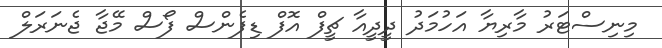
މިނިސްޓަރު މާރިޔާ އަހުމަދު ދީދީއާ ޗީފް އޮފް ޑިފެންސް ފޯސް މޭޖާ ޖެނަރަލް